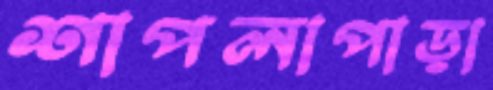
শাপলাপাড়া